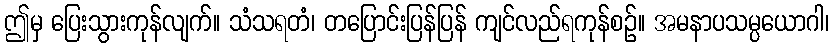
ဤမှ ပြေးသွားကုန်လျက်။ သံသရတံ၊ တပြောင်းပြန်ပြန် ကျင်လည်ရကုန်စဉ်။ အမနာပသမ္ပယောဂါ၊